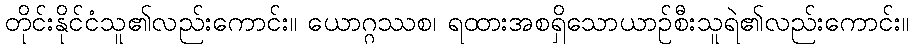
တိုင်းနိုင်ငံသူ၏လည်းကောင်း။ ယောဂ္ဂဿစ၊ ရထားအစရှိသောယာဉ်စီးသူရဲ၏လည်းကောင်း။